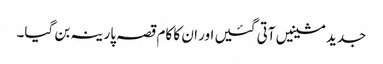
جدید مشینیں آتی گئیں اور ان کا کام قصہ پارینہ بن گیا۔